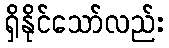
ရှိနိုင်သော်လည်း